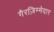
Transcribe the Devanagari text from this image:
गैरज़िम्मेदार